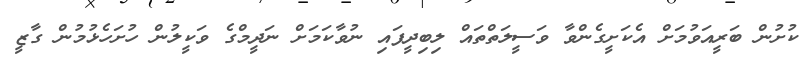
ކުށުން ބަރީއަވުމަށް އެކަށީގެންވާ ވަސީލަތްތައް ލިބިދީފައި ނުވާކަމަށް ނަދީމްގެ ވަކީލުން ހުށަހެޅުމުން ގާޒީ